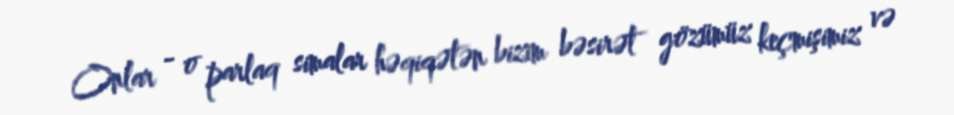
Onlar - o parlaq simalar həqiqətən bizim bəsirət gözümüz keçmişimiz və